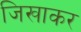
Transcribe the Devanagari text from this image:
जिखाकर